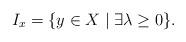
LaTeX: \begin{align*} I_x=\{y\in X \mid \exists \lambda\geq 0 \}. \end{align*}